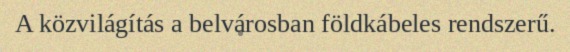
A közvilágítás a belvárosban földkábeles rendszerű.